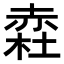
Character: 𧹥